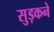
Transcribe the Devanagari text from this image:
सुड़कने